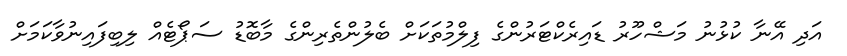
އަދި އޭނާ ކުޅުނު މަޝްހޫރު ޑައިރެކްޓަރުންގެ ފިލްމުތަކަށް ބެލުންތެރިންގެ މާބޮޑު ސަޕޯޓެއް ލިބިފައިނުވާކަމަށް